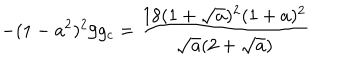
- ( 1 - a ^ { 2 } ) ^ { 2 } / g _ { c } = { \frac { 1 8 ( 1 + { \sqrt { a } } ) ^ { 2 } ( 1 + a ) ^ { 2 } } { { \sqrt { a } } ( 2 + { \sqrt { a } } ) } }